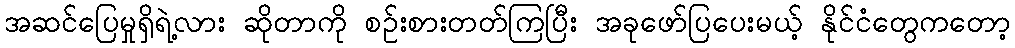
အဆင်ပြေမှုရှိရဲ့လား ဆိုတာကို စဉ်းစားတတ်ကြပြီး အခုဖော်ပြပေးမယ့် နိုင်ငံတွေကတော့